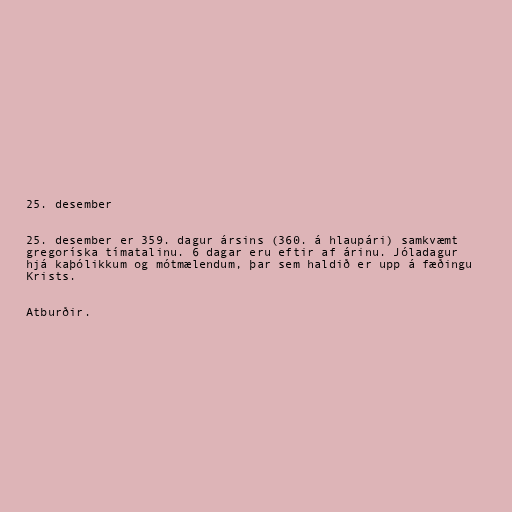
25. desember

25. desember er 359. dagur ársins (360. á hlaupári) samkvæmt
gregoríska tímatalinu. 6 dagar eru eftir af árinu. Jóladagur
hjá kaþólikkum og mótmælendum, þar sem haldið er upp á fæðingu
Krists.

Atburðir.